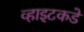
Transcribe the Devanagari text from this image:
व्हाइटकडे